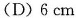
(D)6cm